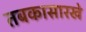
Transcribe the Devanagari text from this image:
तबकासारखे